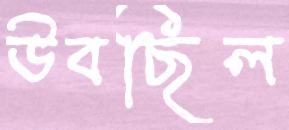
উবছিল